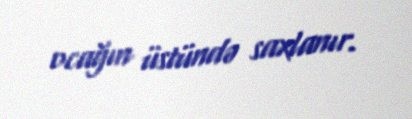
ocağın üstündə saxlanır.